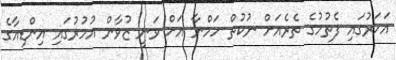
އަހަރުގައި ފެތުމުގެ ތެރެއަށް ނުކުތް ހަމްނާ އަށް ވަނީ ޒުވާން އުމުރުގައި އިންޑިއާގެ